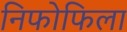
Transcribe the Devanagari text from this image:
निफोफिला